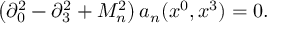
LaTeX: \left( \partial _ { 0 } ^ { 2 } - \partial _ { 3 } ^ { 2 } + M _ { n } ^ { 2 } \right) a _ { n } ( x ^ { 0 } , x ^ { 3 } ) = 0 .